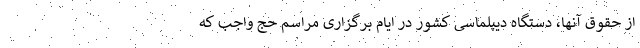
از حقوق آنها، دستگاه دیپلماسی کشور در ایام برگزاری مراسم حج واجب که